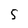
Character: S